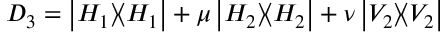
D _ { 3 } = \left| { H _ { 1 } } \rangle \! \langle { H _ { 1 } } \right| + \mu \left| { H _ { 2 } } \rangle \! \langle { H _ { 2 } } \right| + \nu \left| { V _ { 2 } } \rangle \! \langle { V _ { 2 } } \right|